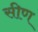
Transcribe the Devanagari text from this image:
सीण